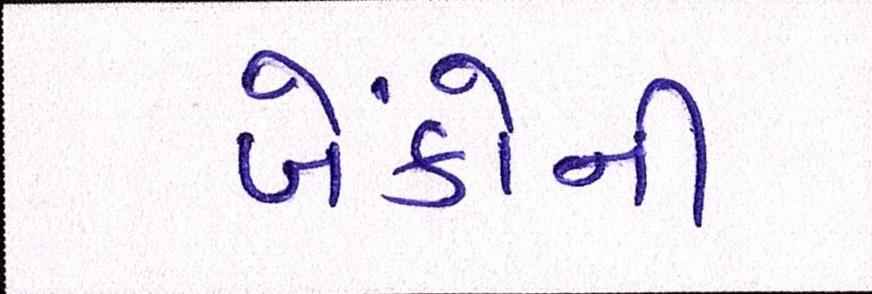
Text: બેંકોની